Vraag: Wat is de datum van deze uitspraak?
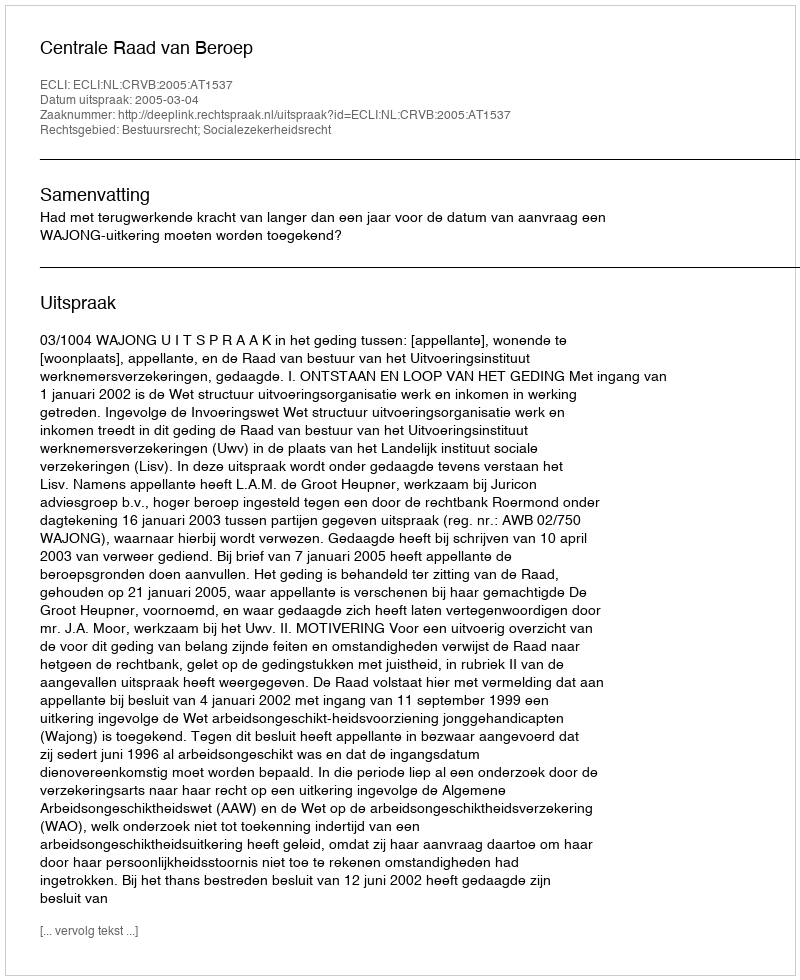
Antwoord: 2005-03-04